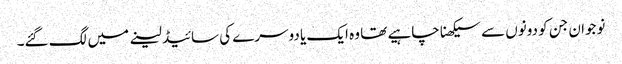
نوجوان جن کو دونوں سے سیکھنا چاہیے تھا وہ ایک یا دوسرے کی سائیڈ لینے میں لگ گئے۔